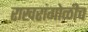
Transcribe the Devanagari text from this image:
राखरांगोळीच